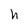
Character: h